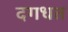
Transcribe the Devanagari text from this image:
दगधत